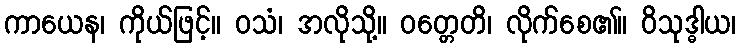
ကာယေန၊ ကိုယ်ဖြင့်။ ဝသံ၊ အလိုသို့။ ဝတ္တေတိ၊ လိုက်စေ၏။ ဝိသုဒ္ဓါယ၊